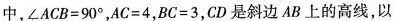
中，$$∠ A C B = 9 0 °$$，$$A C = 4$$，$$B C = 3$$，CD是斜边AB上的高线，以